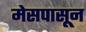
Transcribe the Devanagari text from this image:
मेसपासून